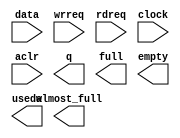
module sfifo_31x128 (
	data,
	wrreq,
	rdreq,
	clock,
	aclr,
	q,
	full,
	empty,
	usedw,
	almost_full);

	input	[30:0]  data;
	input	  wrreq;
	input	  rdreq;
	input	  clock;
	input	  aclr;
	output	[30:0]  q;
	output	  full;
	output	  empty;
	output	[6:0]  usedw;
	output	  almost_full;

endmodule